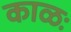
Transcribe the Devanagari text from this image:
काळः